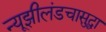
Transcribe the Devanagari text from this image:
न्यूझीलंडचासुद्धा